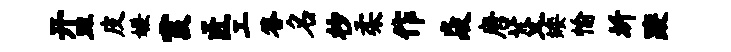
开皿皮嫌霞匠工答名杪柔作焱唐芟矮愉圻躞